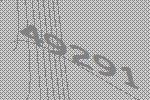
49291